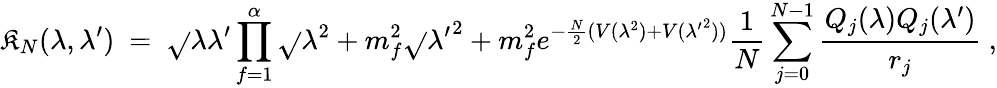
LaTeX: \mathfrak{K}_{N}(\lambda,\lambda^{\prime})~=~\sqrt{}{{\lambda\lambda^{\prime}}}\prod_{f=1}^{\alpha}\sqrt{}{{\lambda^{2}+m_{f}^{2}}}\sqrt{}{{{\lambda^{\prime}}^{2}+m_{f}^{2}}}e^{-\frac{{N}}{{2}}(V(\lambda^{2})+V({\lambda^{\prime}}^{2}))}\frac{{1}}{{N}}\sum_{j=0}^{N-1}\frac{{Q_{j}(\lambda)Q_{j}(\lambda^{\prime})}}{{r_{j}}}~,